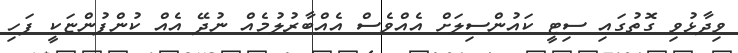
ވިދާޅުވި ގޮތުގައި ސިޓީ ކައުންސިލަށް އެއްވެސް އެއްބާރުލުމެއް ނުދޭ އެއް ކުންފުންޏަކީ ފަހި